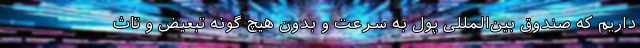
داریم که صندوق بین‌المللی پول به سرعت و بدون هیچ گونه تبعیض و تاث